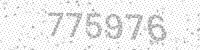
Solution: 775976